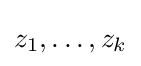
z_{1},\dots ,z_{k}